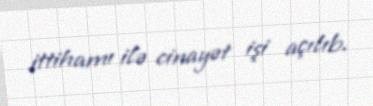
ittihamı ilə cinayət işi açılıb.